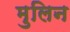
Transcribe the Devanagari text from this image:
मुलिन